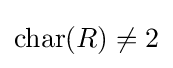
\operatorname {char} (R)\neq 2